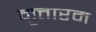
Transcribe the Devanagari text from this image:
मुत्तारम